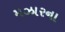
મઝારના